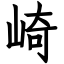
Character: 崎